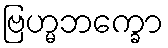
ဗြဟ္မဘက္ခော